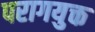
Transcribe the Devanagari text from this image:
परागयुक्त